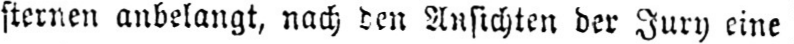
sternen anbelangt, nach den Ansichten der Jury eine